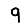
Digit: 9